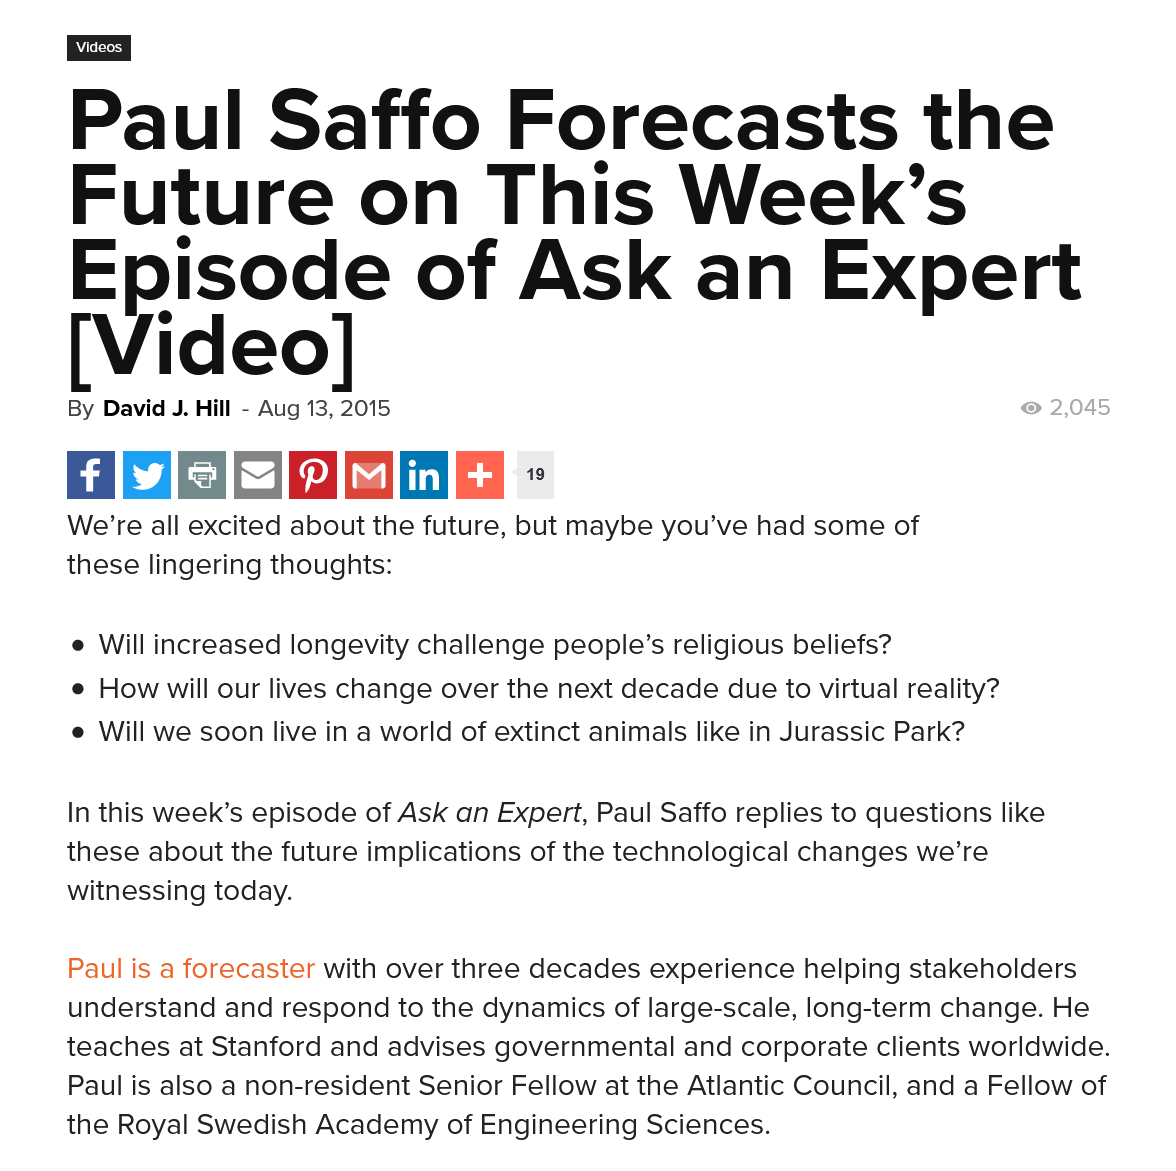
In this week’s episode of Ask an Expert, Paul Saffo replies to questions like
     these about the future implications of the technological changes we’re
     witnessing today.
     e Will we soon live in a world of extinct animals like in Jurassic Park?
     e How will our lives change over the next decade due to virtual reality?
     We’re all excited about the future, but maybe you’ve had some of
     these lingering thoughts:
     e Will increased longevity challenge people’s religious beliefs?
     Paul is a forecaster with over three decades experience helping stakeholders
     understand and respond to the dynamics of large-scale, long-term change. He
     teaches at Stanford and advises governmental and corporate clients worldwide.
     Paul is also a non-resident Senior Fellow at the Atlantic Council, and a Fellow of
     the Royal Swedish Academy of Engineering Sciences.
     19
     By David J. Hill
     - Aug 13, 2015    2,045
     Paul    Saffo    Forecasts    the
     Future    on    This    Week’s
     Episode    of    Ask    an    Expert
     [Video]
     Videos